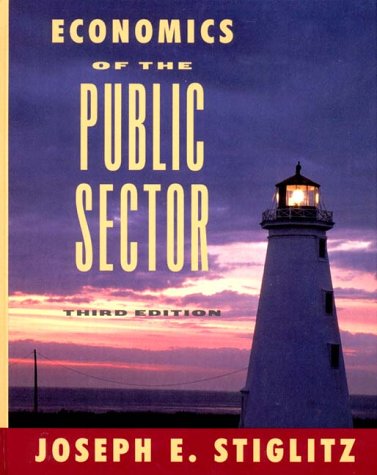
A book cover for Economics of the Public Sector (Third Edition); Joseph E. Stiglitz; Business & Money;